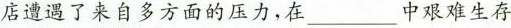
店遭遇了来自多方面的压力，在 ___ 中艰难生存